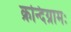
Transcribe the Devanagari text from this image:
क्रन्दिग्रामः